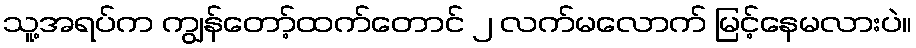
သူ့အရပ်က ကျွန်တော့်ထက်တောင် ၂ လက်မလောက် မြင့်နေမလားပဲ။